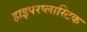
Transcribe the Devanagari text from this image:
हाइपरप्लास्टिक